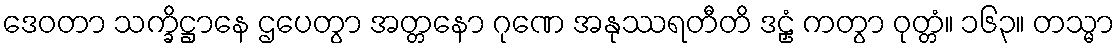
ဒေဝတာ သက္ခိဋ္ဌာနေ ဌပေတွာ အတ္တနော ဂုဏေ အနုဿရတီတိ ဒဠှံ ကတွာ ဝုတ္တံ။ ၁၆၃။ တသ္မာ